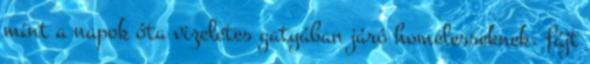
mint a napok óta vizeletes gatyában járó homelesseknek. fájt